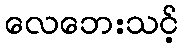
လေဘေးသင့်